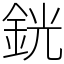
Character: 銧